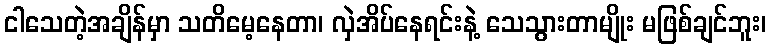
ငါသေတဲ့အချိန်မှာ သတိမေ့နေတာ၊ လှဲအိပ်နေရင်းနဲ့ သေသွားတာမျိုး မဖြစ်ချင်ဘူး၊